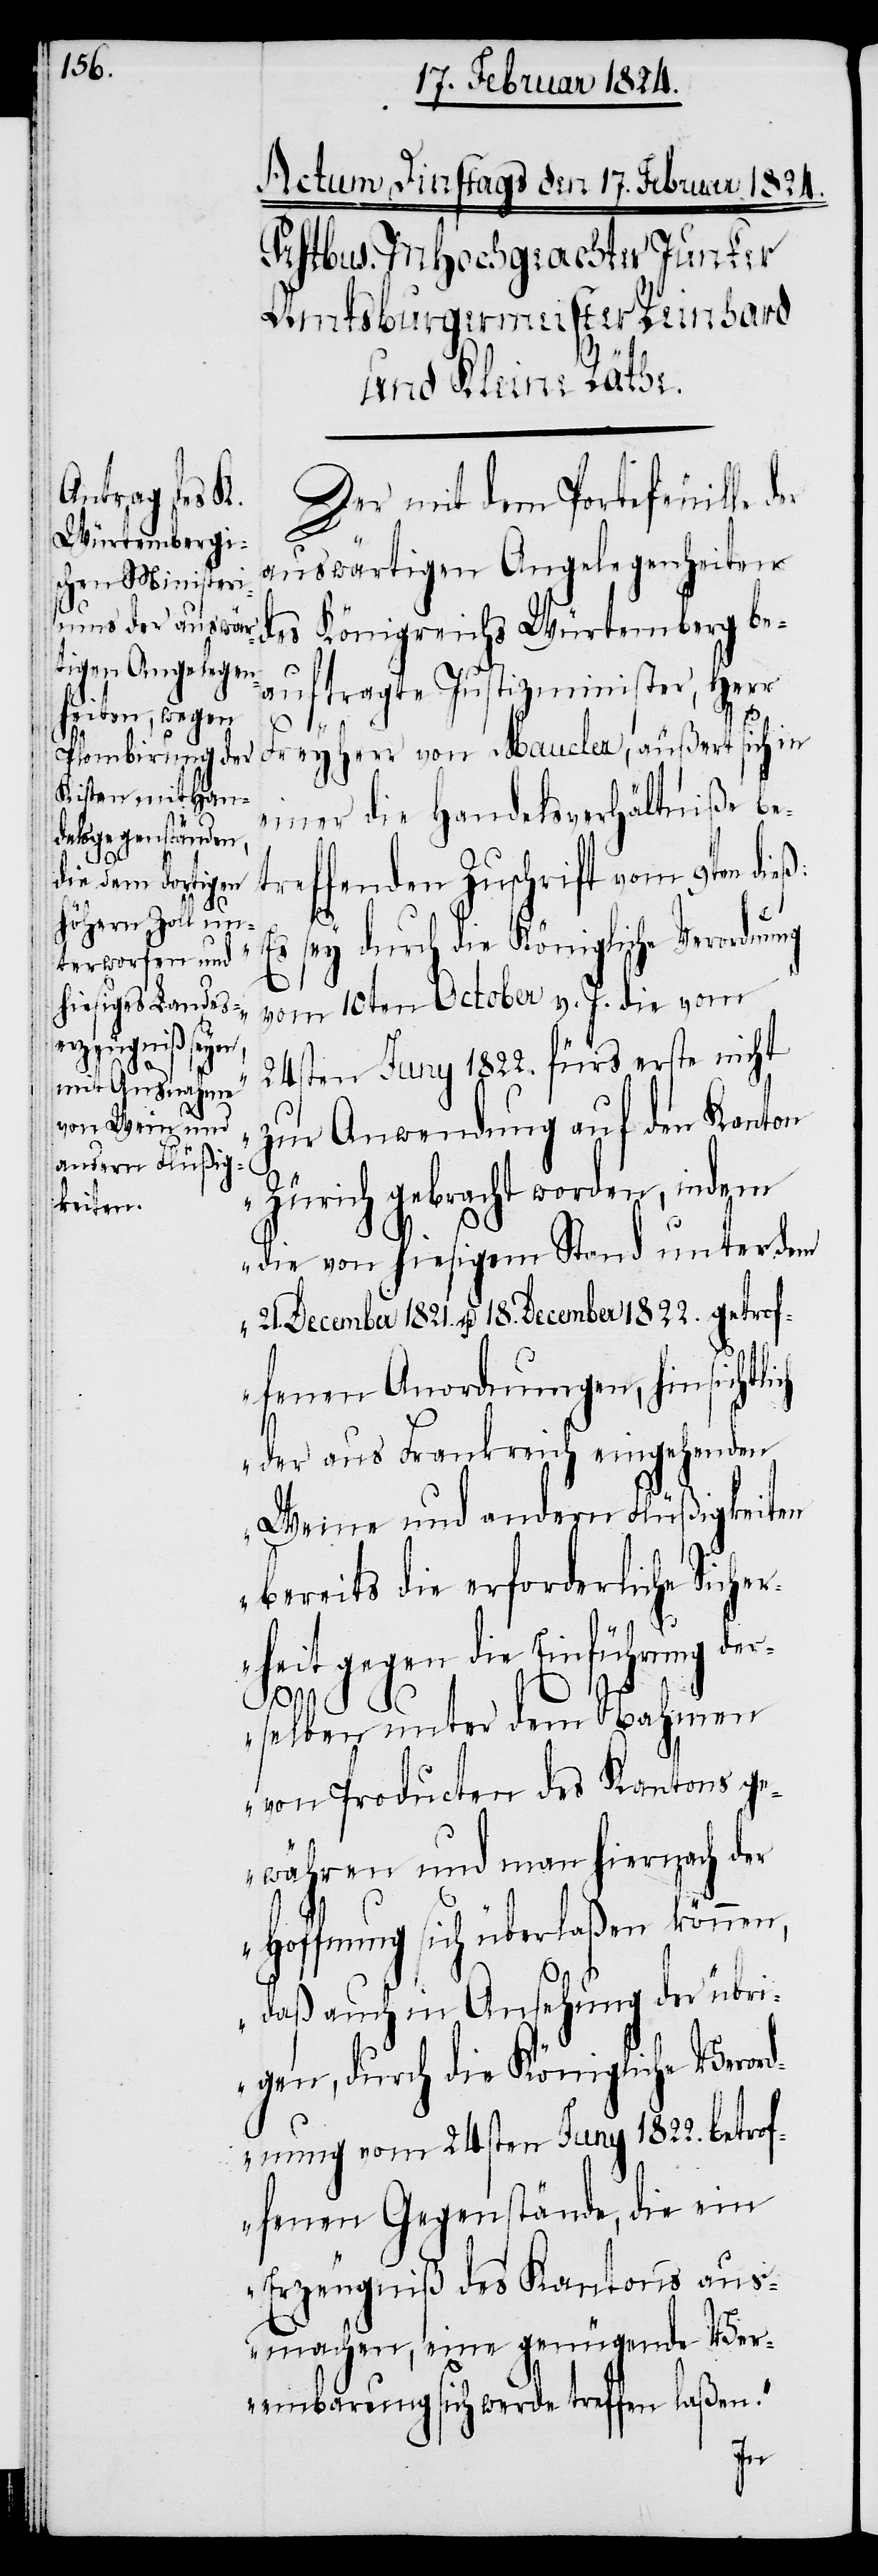
Der mit Portefeuille der
auswärtigen Angelegenheiten
des Königreichs Würtemberg be¬
auftragte Justizminister, Herr
ch
Freyherr von Maucler, äußert sich in
einer die Handelsverhältniße be¬
treffenden Zuschrift vom 9ten dieß:
„E¬
s sey durch die Königliche Verordnung
vom 10ten October v. J. die vom
24sten Juny 1822. fürs erste nicht
zur Anwendung auf den Kanton
Zürich gebracht worden, indem
die von hiesigem Stand unter dem
21. December 1821 u. 18. December 1822. getrof¬
fenen Anordnungen, hinsichtli¬
der aus Frankreich eingehenden
Weine und andern Flüßigkeiten
bereits die erforderliche Sicher¬
heit gegen die Einführung der¬
selben unter dem Nahmen
von Producten des Kantons ge¬
währen und man hiernach der
Hoffnung sich überlaßen können,
daß auch in Ansehung der übri¬
gen, durch die Königliche Verord¬
nung vom 24sten Juny 1822. betrof¬
fenen Gegenstände, die ein
Erzeugniß des Kantons aus¬
machen, eine genügende Ver¬
einbarung sich werde treffen laßen.“